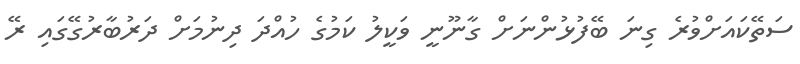
ސަތޭކައަށްވުރެ ގިނަ ބޭފުޅުންނަށް ގާނޫނީ ވަކީލު ކަމުގެ ހުއްދަ ދިނުމަށް ދަރުބާރުގޭގައި ރޭ